Annual report of the Punjab Veterinary College and of the Civil Veterinary Department, Punjab - 1926-1932
Year: 1926
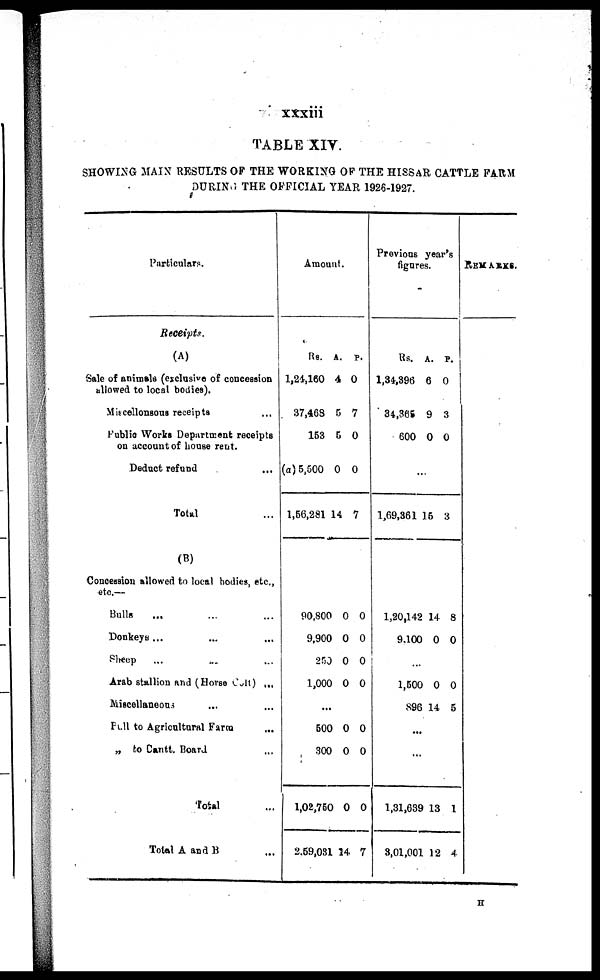
xxxiii
TABLE XIV
SHOWING MAIN RESULTS OP THE WORKING OF THE HISSAR CATTLE FARM
DURING THE OFFICIAL YEAR 1926-1927.
Particulars.
Receipts.
(A)
Sale of animals (exclusive of concession
allowed to local bodies).
Miscellonsous receipts ...
Public Works Department receipts
on account of house rent.
Deduct refund ...
Total ...
(B)
Concession allowed to local bodies, etc.,
etc.—
Bulls ... ... ...
Donkeys ... ... ...
Sheep
... ... ...
Arab stallion and (Horse Colt) ...
Miscellaneous
... ...
Full to Agricultural Farm ...
„ to Cantt Board ...
Total ...
Total A and B ...
Amount.
Re.
1,24,160
37,468
153
(a) 5,500
1,56,281
90,800
9,900
250
1,000
A.
4
5
5
0
14
0
0
0
0
p.
0
7
0
0
7
0
0
0
0
...
BOO
300
1,02,750
2,59,081
0
0
0
14
0
0
0
7
Previous year's
figures.
Rs.
1,34,396
34,366
600
A.
6
9
0
p.
0
3
0
...
1,69,361
1,20,142
9,100
15
14
0
3
8
0
...
1,500
896
0
14
0
5
...
...
1,31,639
3,01,001
13
12
1
4
REMARKS.
H